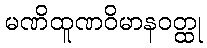
မဏိထူဏဝိမာနဝတ္ထု